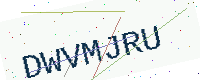
Text: DWVMJRU